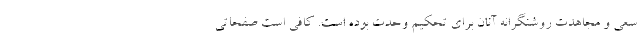
سعی و مجاهدت روشنگرانه آنان برای تحکیم وحدت بوده است. کافی است صفحاتی